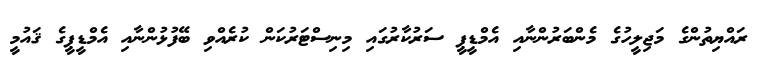
ރައްޔިތުންގެ މަޖިލީހުގެ މެންބަރުންނާއި އެމްޑީޕީ ސަރުކާރުގައި މިނިސްޓަރުކަން ކުރެއްވި ބޭފުޅުންނާއި އެމްޑީޕީގެ ޤައުމީ